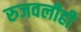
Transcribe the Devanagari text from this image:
रुजवलीही